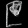
Digit: ၉